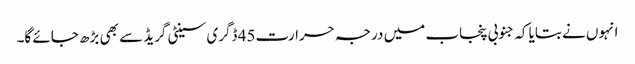
انہوں نے بتایا کہ جنوبی پنجاب میں درجہ حرارت45 ڈگری سینٹی گریڈ سے بھی بڑھ جائے گا۔